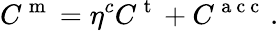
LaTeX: C^{\mathrm{~m~}}={\eta}^{c}C^{\mathrm{~t~}}+C^{\mathrm{~a~c~c~}}\, .